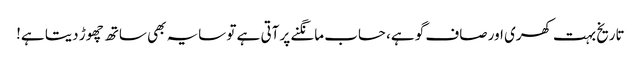
تاریخ بہت کھری اور صاف گو ہے، حساب مانگنے پر آتی ہے تو سایہ بھی ساتھ چھوڑ دیتا ہے!